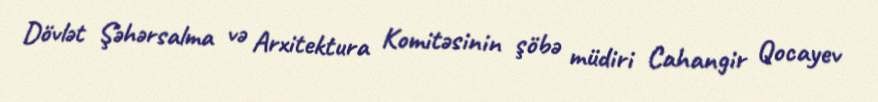
Dövlət Şəhərsalma və Arxitektura Komitəsinin şöbə müdiri Cahangir Qocayev